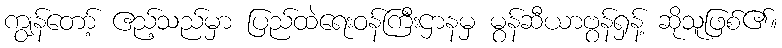
ကျွန်တော့် ဧည့်သည်မှာ ပြည်ထဲရေးဝန်ကြီးဌာနမှ မွန်ဆီယာဗွန်ရှန့် ဆိုသူဖြစ်၏။